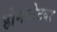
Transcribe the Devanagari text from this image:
होमप्लेटवर